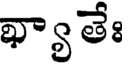
ఖ్యా తేః